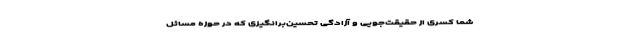
شما کسری از حقیقت‌جویی و آزادگی تحسین‌برانگیز‌ی که در حوزهٔ مسائل